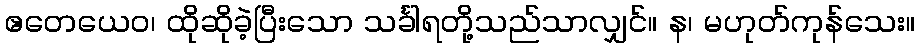
ဧတေယေဝ၊ ထိုဆိုခဲ့ပြီးသော သင်္ခါရတို့သည်သာလျှင်။ န၊ မဟုတ်ကုန်သေး။